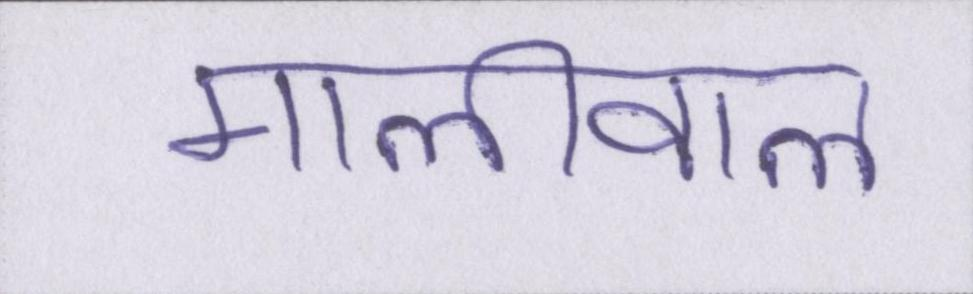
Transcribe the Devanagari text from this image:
मालीवाल